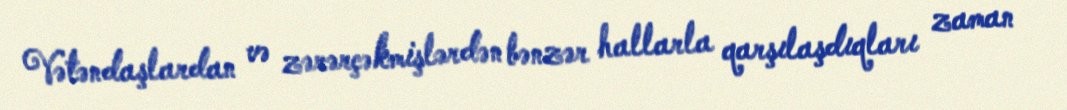
Vətəndaşlardan və zərərçəkmişlərdən bənzər hallarla qarşılaşdıqları zaman